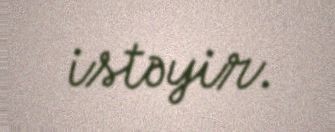
istəyir.